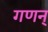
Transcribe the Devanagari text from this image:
गणन्